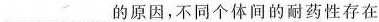
_________的原因,不同个体间的耐药性存在